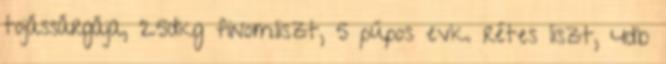
tojássárgája, 25dkg finomliszt, 5 púpos evk. rétes liszt, 4db